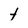
Character: t